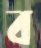
ব